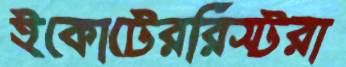
ইকোটেররিস্টরা